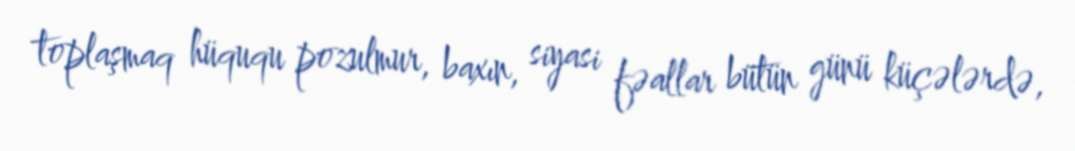
toplaşmaq hüququ pozulmur, baxın, siyasi fəallar bütün günü küçələrdə,